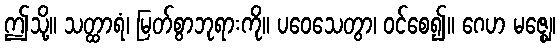
ဤသို့။ သတ္ထာရံ၊ မြတ်စွာဘုရားကို။ ပဝေသေတွာ၊ ဝင်စေ၍။ ဂေဟ မဇ္ဈေ၊